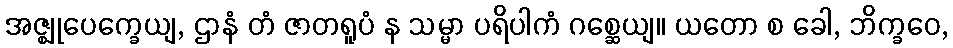
အဇ္ဈုပေက္ခေယျ, ဌာနံ တံ ဇာတရူပံ န သမ္မာ ပရိပါကံ ဂစ္ဆေယျ။ ယတော စ ခေါ, ဘိက္ခဝေ,